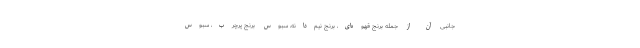
جانبی آن از جمله برنج قهوه‌ای، برنج نیم‌دانه، سبوس برنج پرچرب، سبوس